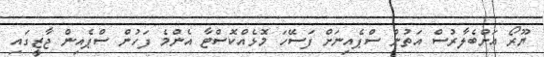
ޔޫރޯ އަށްބެލާރުސް އަތުން ސްޕެއިނަށް ފަސޭހަ މޮޅެއްކޮސްޓާ އެންމެ ފަހުން ސްޕެއިން ޖާޒީގައި